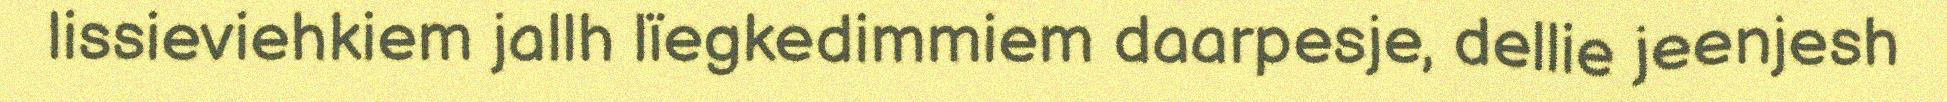
lissieviehkiem jallh lïegkedimmiem daarpesje, dellie jeenjesh